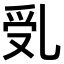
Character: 𠃶